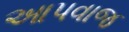
આપવાજ